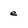
Character: e